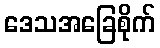
ဒေသအခြေစိုက်